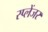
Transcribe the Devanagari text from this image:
स्प्लेंजर